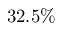
3 2 . 5 \%